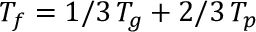
T _ { f } = 1 / 3 \, T _ { g } + 2 / 3 \, T _ { p }